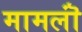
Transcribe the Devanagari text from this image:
मामलॊं